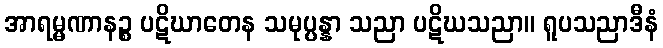
အာရမ္မဏာနဉ္စ ပဋိဃာတေန သမုပ္ပန္နာ သညာ ပဋိဃသညာ။ ရူပသညာဒီနံ